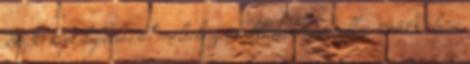
20:30 Képeslapóriással emeltek szót a klímaváltozás ellen 18:51 Orbán: